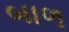
બાળ